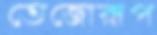
তেজোরূপ